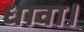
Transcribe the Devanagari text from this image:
धावा।